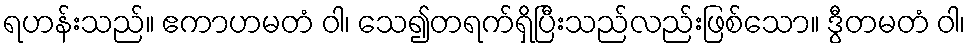
ရဟန်းသည်။ ဧကာဟမတံ ဝါ၊ သေ၍တရက်ရှိပြီးသည်လည်းဖြစ်သော။ ဒွီတမတံ ဝါ၊